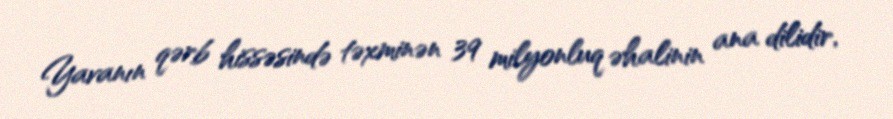
Yavanın qərb hissəsində təxminən 39 milyonluq əhalinin ana dilidir,